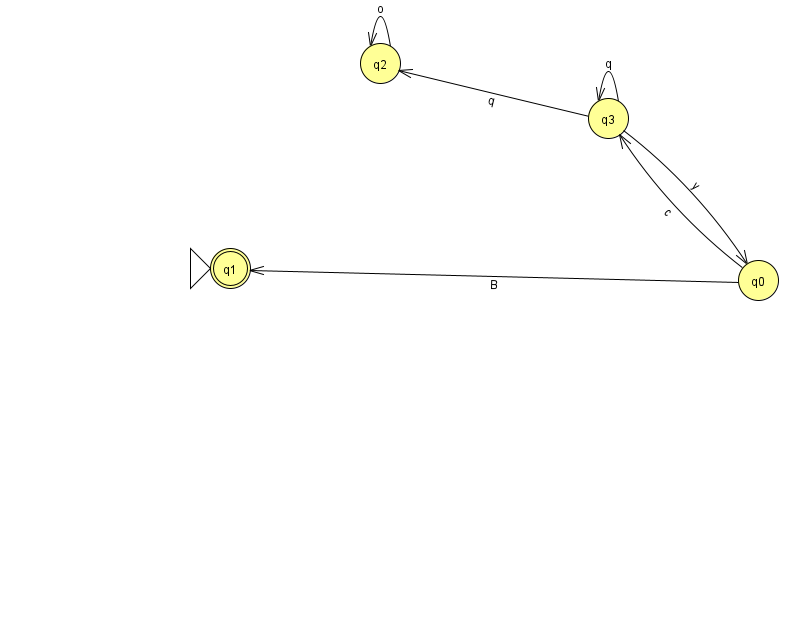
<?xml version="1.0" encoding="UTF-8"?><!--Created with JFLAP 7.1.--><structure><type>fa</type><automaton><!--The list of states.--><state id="0" name="q0"><x>758.0</x><y>267.0</y></state><state id="1" name="q1"><x>230.0</x><y>255.0</y><initial/><final/></state><state id="2" name="q2"><x>380.0</x><y>50.0</y></state><state id="3" name="q3"><x>608.0</x><y>105.0</y></state><!--The list of transitions.--><transition><from>3</from><to>3</to><read>q</read></transition><transition><from>3</from><to>0</to><read>y</read></transition><transition><from>3</from><to>2</to><read>q</read></transition><transition><from>0</from><to>3</to><read>c</read></transition><transition><from>0</from><to>1</to><read>B</read></transition><transition><from>2</from><to>2</to><read>o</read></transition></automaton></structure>